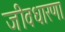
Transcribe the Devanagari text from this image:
जीवधारणा